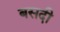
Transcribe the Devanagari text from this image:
बसदी